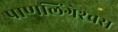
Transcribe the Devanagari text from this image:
प्राणलिंगेश्‍वरा